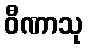
ဝီဏာသု